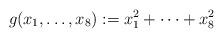
LaTeX: \begin{align*}g(x_1,\ldots,x_8):=x_1^2+\cdots+x_8^2\end{align*}